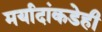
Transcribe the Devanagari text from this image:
मर्यादांकडेही